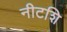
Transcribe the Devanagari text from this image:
नीटशि